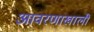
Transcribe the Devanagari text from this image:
आवरणाखाली